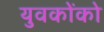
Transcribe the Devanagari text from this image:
युवकोंको